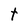
Character: t